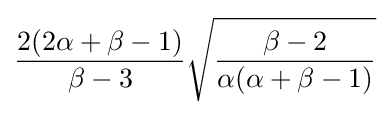
{\frac {2(2\alpha +\beta -1)}{\beta -3}}{\sqrt {\frac {\beta -2}{\alpha (\alpha +\beta -1)}}}